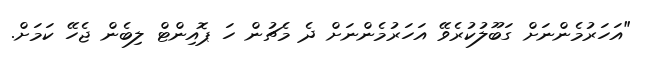
"އަހަރުމެންނަށް ގަބޫލުކުރެވޭ އަހަރުމެންނަށް ދެ މެޗުން ހަ ޕޮއިންޓް ލިބެން ޖެހޭ ކަމަށް.